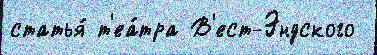
статья́ т'еа́тра В'ест-Эндского